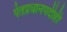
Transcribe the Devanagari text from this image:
पंतप्रधानपदीही